Indian journal of veterinary science and animal husbandry - Volumes 18-21, 1948-1951
Year: 1948
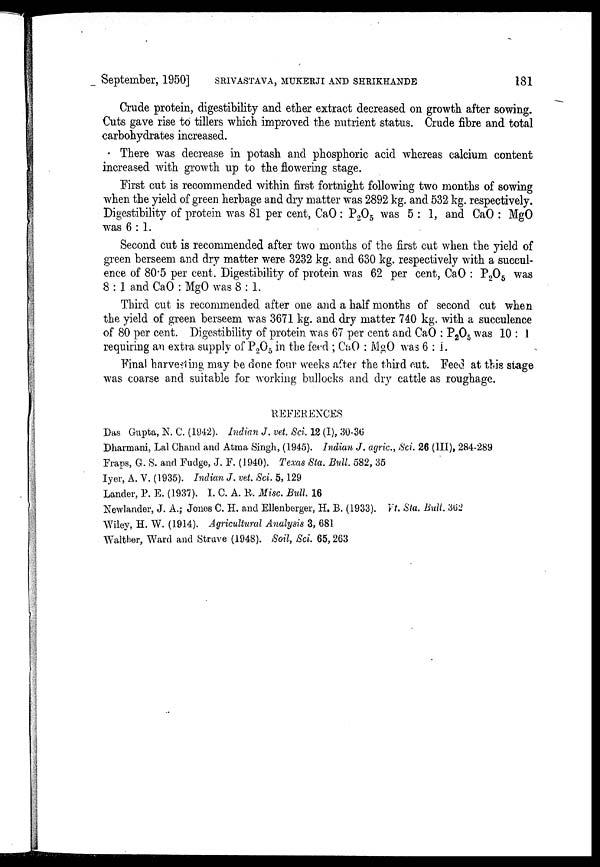
September, 1950] SRIVASTAVA, MUKERJI AND SHRIKHANDE 181
Crude protein, digestibility and ether extract decreased on growth after sowing.
Cuts gave rise to tillers which improved the nutrient status. Crude fibre and total
carbohydrates increased.
There was decrease in potash and phosphoric acid whereas calcium content
increased with growth up to the flowering stage.
First cut is recommended within first fortnight following two months of sowing
when the yield of green herbage and dry matter was 2892 kg. and 532 kg. respectively.
Digestibility of protein was 81 per cent, CaO : P 2 O 5 was 5 : 1, and CaO : MgO
was 6 : 1.
Second cut is recommended after two months of the first cut when the yield of
green berseem and dry matter were 3232 kg. and 630 kg. respectively with a succul-
ence of 80.5 per cent. Digestibility of protein was 62 per cent, CaO : P 2 O 5 was
8 : 1 and CaO : MgO was 8 : 1.
Third cut is recommended after one and a half months of second cut when
the yield of green berseem was 3671 kg. and dry matter 740 kg. with a succulence
of 80 per cent. Digestibility of protein was 67 per cent and CaO : P 2 O 5 was 10 : 1
requiring an extra supply of P 2 O 5 in the feed ; CaO : MgO was 6 : 1.
Final harvesting may be done four weeks after the third cut. Feed at this stage
was coarse and suitable for working bullocks and dry cattle as roughage.
REFERENCES
Das Gupta, N. C. (1942). Indian J. vet. Sci. 12 (1), 30-36
Dharmani, Lal Chand and Atma Singh, (1945). Indian J. agric, Sci. 26 (III), 284-289
Fraps, G. S. and Fudge, J. F. (1940). Texas Sta. Bull. 582, 35
Iyer, A. V. (1935). Indian J. vet. Sci. 5, 129
Lander, P. E. (1937). I. C. A. R. Misc. Bull. 16
Newlander, J. A.; Jones C. H. and Ellenberger, H. B. (1933). Vt. Sta. Bull. 362
Wiley, H. W. (1914). Agricultural Analysis 3, 681
Walther, Ward and Strave (1948). Soil, Sci. 65, 263